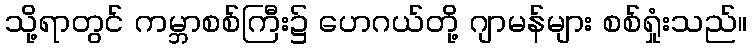
သို့ရာတွင် ကမ္ဘာစစ်ကြီး၌ ဟေဂယ်တို့ ဂျာမန်များ စစ်ရှုံးသည်။